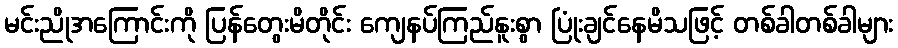
မင်းညိုအကြောင်းကို ပြန်တွေးမိတိုင်း ကျေနပ်ကြည်နူးစွာ ပြုံးချင်နေမိသဖြင့် တစ်ခါတစ်ခါများ